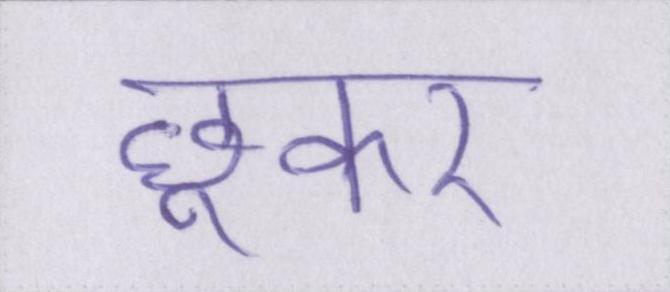
छूकर